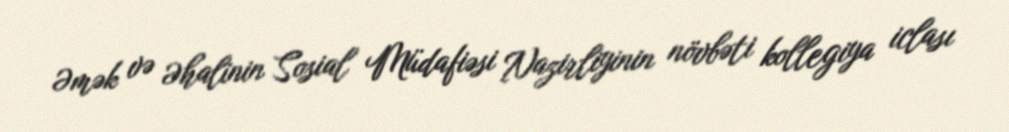
Əmək və Əhalinin Sosial Müdafiəsi Nazirliyinin növbəti kollegiya iclası